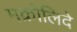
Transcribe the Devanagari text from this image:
मक्रोलिदे